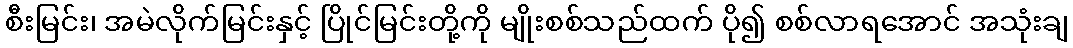
စီးမြင်း၊ အမဲလိုက်မြင်းနှင့် ပြိုင်မြင်းတို့ကို မျိုးစစ်သည်ထက် ပို၍ စစ်လာရအောင် အသုံးချ